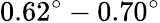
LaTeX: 0.62^{\circ}-0.70^{\circ}